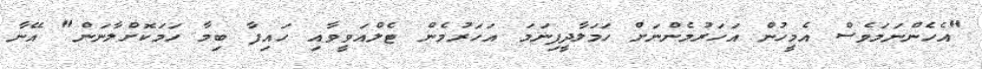
"އެހެންނަމަވެސް އެމީހުން އަހަރުމެންނަށް ހަމަލާދީފިނަމަ އަހަރުމެން ޓެލްއަވީވާއި ހައިފާ ބިމާ ހަމަކޮށްލާނަން" އޭނާ